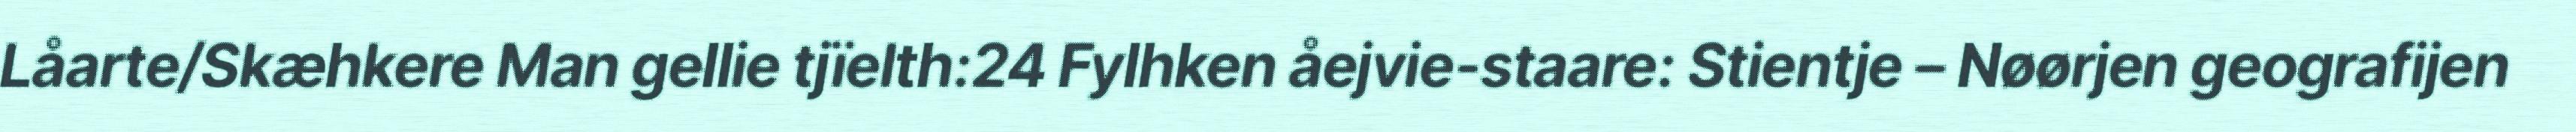
Låarte/Skæhkere Man gellie tjïelth:24 Fylhken åejvie-staare: Stientje – Nøørjen geografijen